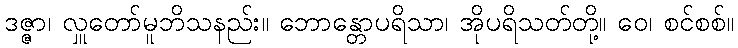
ဒဇ္ဇာ၊ လှူတော်မူဘိသနည်း။ ဘောန္တောပရိသာ၊ အိုပရိသတ်တို့။ ဝေ၊ စင်စစ်။